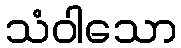
သံဝါသော